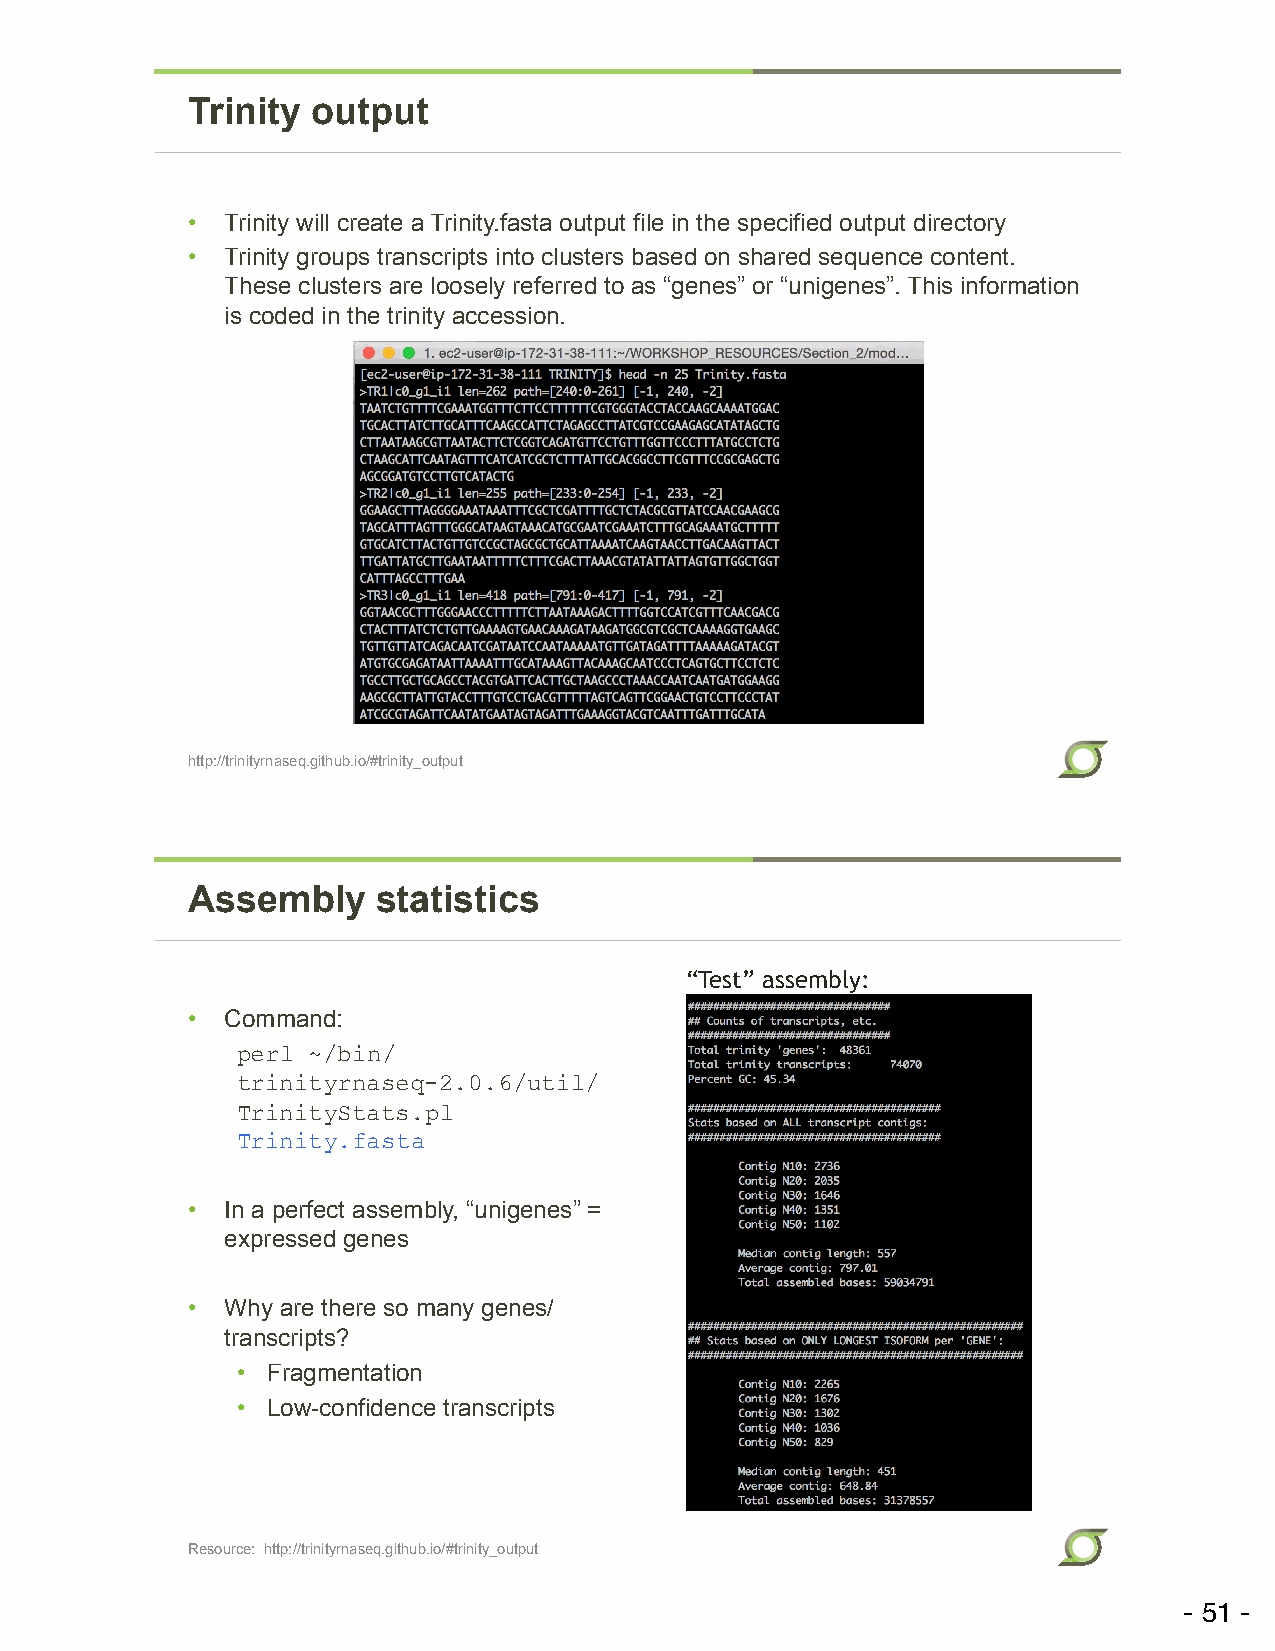
Trinity  output
 •  Trinity will create a Trinity.fasta output file in the specified output directory
 •  Trinity groups transcripts into clusters based on shared sequence content.
 These clusters are loosely referred to as “genes” or “unigenes”. This information
 is coded in the trinity accession.
 http://trinityrnaseq.github.io/#trinity_output
 Assembly     statistics
 “Test” assembly:
 •  Command:
 perl ~/bin/
 trinityrnaseq-2.0.6/util/
 TrinityStats.pl
 Trinity.fasta
 •  In a perfect assembly, “unigenes” =
 expressed genes
 •  Why are there so many genes/
 transcripts?
 • Fragmentation
 • Low-confidence transcripts
 Resource: http://trinityrnaseq.github.io/#trinity_output